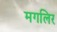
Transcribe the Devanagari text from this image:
मगलिर